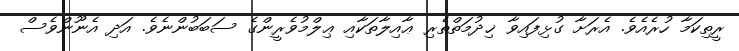
ރީތިކަމާ ހުރެއެވެ. އެރަށާ ގުޅިފައިވާ ޚިދުމަތްތެރި ޢާއިލާތަކާއި ޢިލްމުވެރީންގެ ސަބަބުންނެވެ. އަދި އެނޫންވެސް